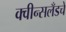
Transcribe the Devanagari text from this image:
क्वीन्सलँडचे